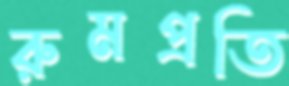
রুমপ্রতি